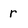
Character: r